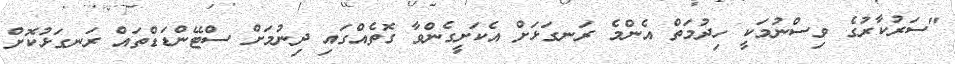
"ސަރުކާރުގެ ވިސްނުމަކީ ހިދުމަތް އެންމެ ރަނގަޅަށް އެކަށީގެންވާ ގޮތެއްގައި ދިނުމަށް ސްޓޭންޑަޑްތައް ރަނގަޅުކޮށް